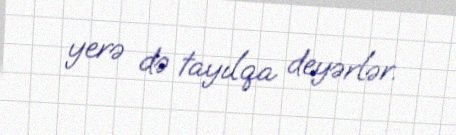
yerə də tayılqa deyərlər.